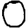
Digit: 0